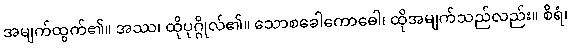
အမျက်ထွက်၏။ အဿ၊ ထိုပုဂ္ဂိုလ်၏။ သောစခေါကောဓေါ၊ ထိုအမျက်သည်လည်း။ စိရံ၊